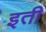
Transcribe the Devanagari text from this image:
इती